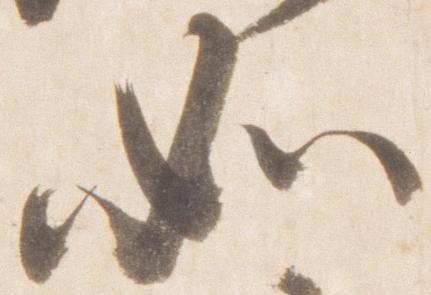
如